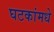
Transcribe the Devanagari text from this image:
घटकांमधे